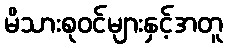
မိသားစုဝင်များနှင့်အတူ